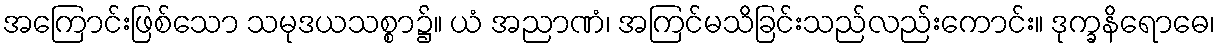
အကြောင်းဖြစ်သော သမုဒယသစ္စာ၌။ ယံ အညာဏံ၊ အကြင်မသိခြင်းသည်လည်းကောင်း။ ဒုက္ခနိရောဓေ၊